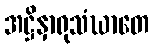
အဋ္ဌိနှာရုသံဃာတေ